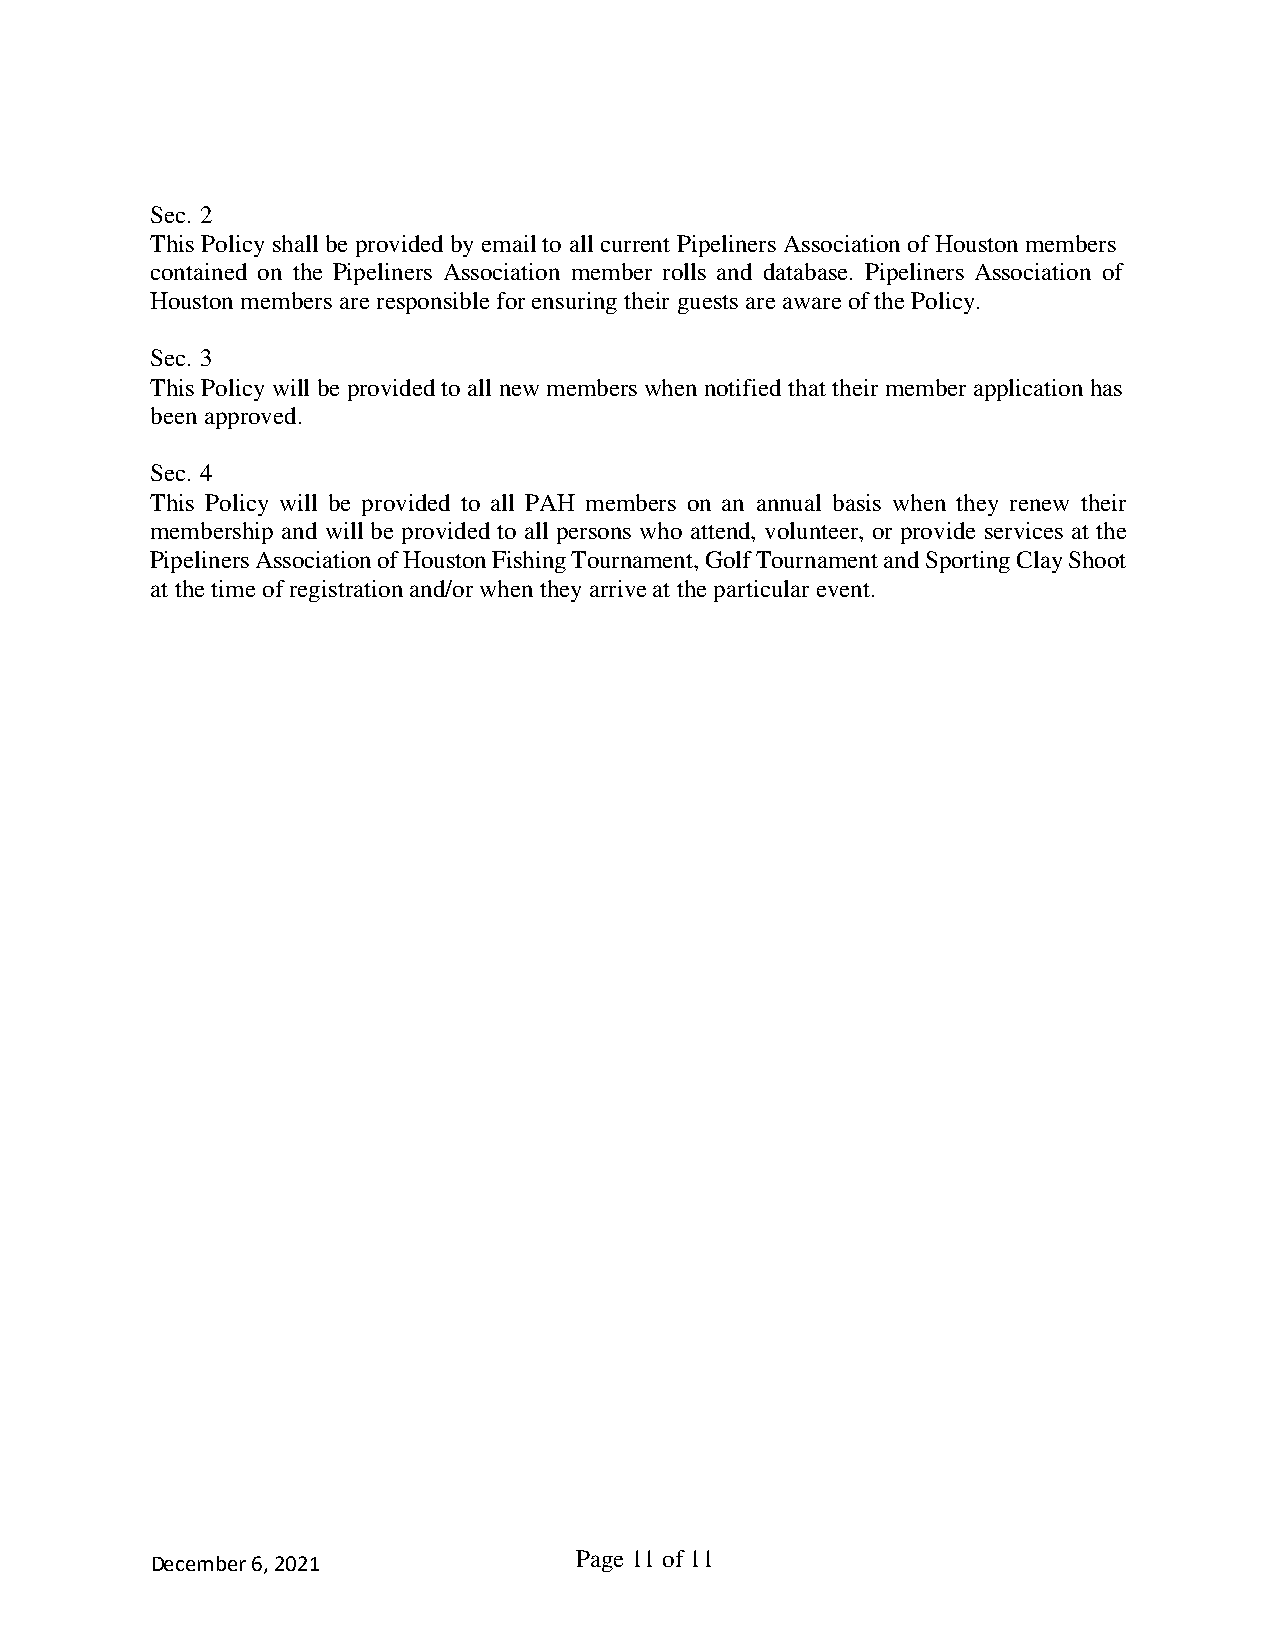
Sec. 2
 This Policy shall be provided by email to all current Pipeliners Association of Houston members
 contained on the Pipeliners Association member rolls and database. Pipeliners Association of
 Houston members are responsible for ensuring their guests are aware of the Policy.
 Sec. 3
 This Policy will be provided to all new members when notified that their member application has
 been approved.
 Sec. 4
 This Policy will be provided to all PAH members on an annual basis when they renew their
 membership and will be provided to all persons who attend, volunteer, or provide services at the
 Pipeliners Association of Houston Fishing Tournament, Golf Tournament and Sporting Clay Shoot
 at the time of registration and/or when they arrive at the particular event.
 December 6, 2021            Page 11 of 11